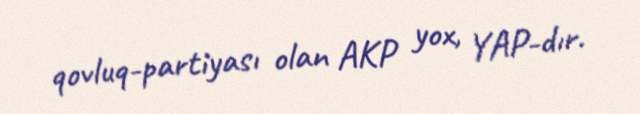
qovluq-partiyası olan AKP yox, YAP-dır.